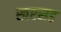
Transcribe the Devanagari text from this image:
खरसड